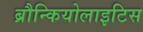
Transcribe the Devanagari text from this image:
ब्रौन्कियोलाइटिस